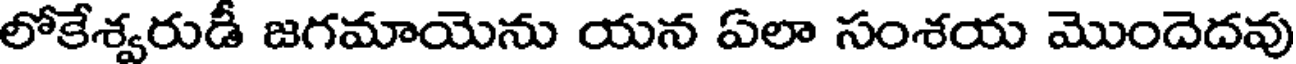
లోకేశ్వరుడీ జగమాయెను యన ఏలా సంశయ మొందెదవు